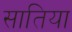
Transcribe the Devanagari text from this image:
सातिया